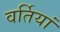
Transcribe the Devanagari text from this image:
वर्तियां